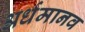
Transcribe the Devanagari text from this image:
अर्धमानव